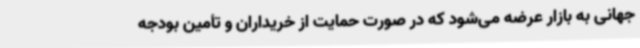
جهانی به بازار عرضه می‌شود که در صورت حمایت از خریداران و تأمین بودجه